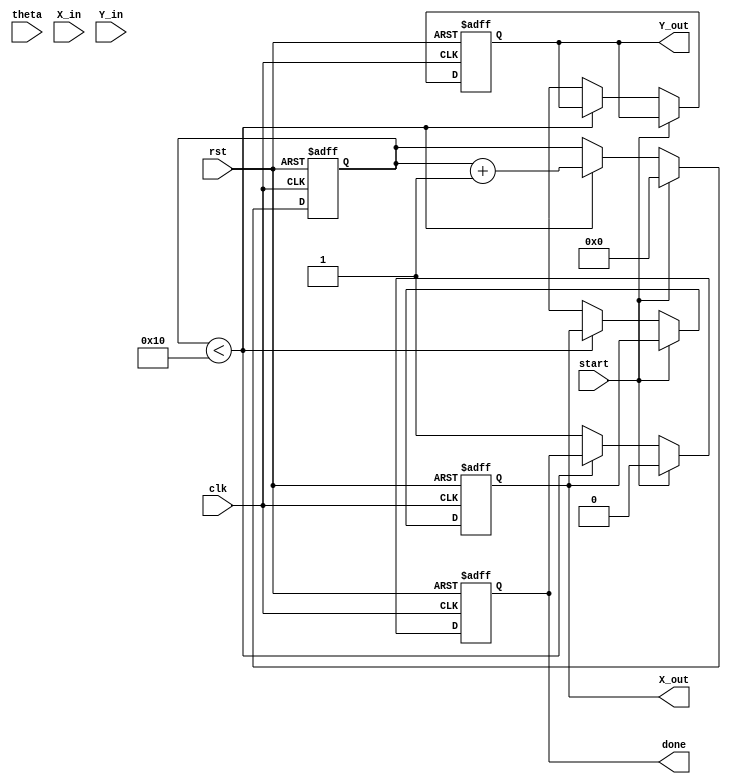
module cordic_rotational #(
    parameter WIDTH = 16,         // Bit-width for fixed-point representation
    parameter ITERATIONS = 16     // Number of iterations for CORDIC
)(
    input wire clk,               // Clock signal
    input wire rst,               // Reset signal
    input wire [WIDTH-1:0] theta, // Input angle in radians (fixed-point)
    input wire [WIDTH-1:0] X_in,  // Initial x-coordinate
    input wire [WIDTH-1:0] Y_in,  // Initial y-coordinate
    input wire start,             // Start signal for computation
    output reg [WIDTH-1:0] X_out, // Output x-coordinate
    output reg [WIDTH-1:0] Y_out, // Output y-coordinate
    output reg done               // Done signal
);

    // Internal signals
    reg [WIDTH-1:0] X [0:ITERATIONS-1]; // X values for each iteration
    reg [WIDTH-1:0] Y [0:ITERATIONS-1]; // Y values for each iteration
    reg [WIDTH-1:0] angle [0:ITERATIONS-1]; // Angle lookup table
    reg [4:0] i;                       // Iteration counter
    reg [WIDTH-1:0] theta_reg;         // Register for theta
    reg [WIDTH-1:0] D;                 // Direction of rotation

    // Initialize angle lookup table (arctan values)
    initial begin
        angle[0] = 16'h2000; // atan(2^0)
        angle[1] = 16'h1000; // atan(2^-1)
        angle[2] = 16'h0800; // atan(2^-2)
        angle[3] = 16'h0400; // atan(2^-3)
        angle[4] = 16'h0200; // atan(2^-4)
        angle[5] = 16'h0100; // atan(2^-5)
        angle[6] = 16'h0080; // atan(2^-6)
        angle[7] = 16'h0040; // atan(2^-7)
        angle[8] = 16'h0020; // atan(2^-8)
        angle[9] = 16'h0010; // atan(2^-9)
        angle[10] = 16'h0008; // atan(2^-10)
        angle[11] = 16'h0004; // atan(2^-11)
        angle[12] = 16'h0002; // atan(2^-12)
        angle[13] = 16'h0001; // atan(2^-13)
        angle[14] = 16'h0000; // atan(2^-14)
        angle[15] = 16'hFFFF; // atan(2^-15)
    end

    // Control logic for CORDIC iterations
    always @(posedge clk or posedge rst) begin
        if (rst) begin
            X_out <= 0;
            Y_out <= 0;
            done <= 0;
            i <= 0;
        end else if (start) begin
            // Initialize registers
            theta_reg <= theta;
            X[0] <= X_in;
            Y[0] <= Y_in;
            i <= 0;
            done <= 0;
        end else if (i < ITERATIONS) begin
            // Determine direction D based on the current angle
            if (theta_reg < angle[i]) begin
                D <= 1; // Rotate clockwise
                X[i+1] <= X[i] + (Y[i] >> i);
                Y[i+1] <= Y[i] - (X[i] >> i);
                theta_reg <= theta_reg + angle[i];
            end else begin
                D <= 0; // Rotate counter-clockwise
                X[i+1] <= X[i] - (Y[i] >> i);
                Y[i+1] <= Y[i] + (X[i] >> i);
                theta_reg <= theta_reg - angle[i];
            end
            i <= i + 1;
        end else begin
            // Final output after all iterations
            X_out <= X[ITERATIONS];
            Y_out <= Y[ITERATIONS];
            done <= 1;
        end
    end

endmodule